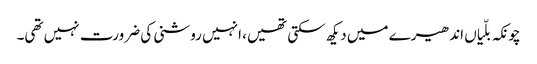
چونکہ بلّیاں اندھیرے میں دیکھ سکتی تھیں، انہیں روشنی کی ضرورت نہیں تھی۔